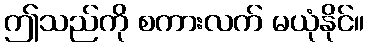
ဤသည်ကို စကားလက် မယုံနိုင်။